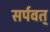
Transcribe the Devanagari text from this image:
सर्पवत्